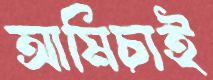
আমিচাই